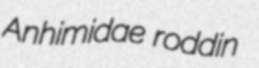
Anhimidae roddin